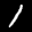
Label: 1